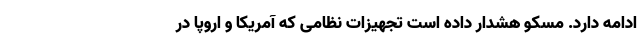
ادامه دارد. مسکو هشدار داده است تجهیزات نظامی که آمریکا و اروپا در